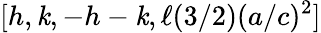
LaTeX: [h,\mathit{k},-h-\mathit{k},\ell(3/2)(a/c)^{2}]